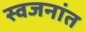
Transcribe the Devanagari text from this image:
स्वजनांत